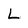
Character: L